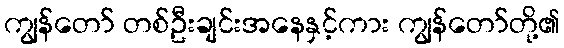
ကျွန်တော် တစ်ဦးချင်းအနေနှင့်ကား ကျွန်တော်တို့၏